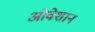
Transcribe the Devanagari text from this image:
ओवेशान